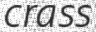
crass